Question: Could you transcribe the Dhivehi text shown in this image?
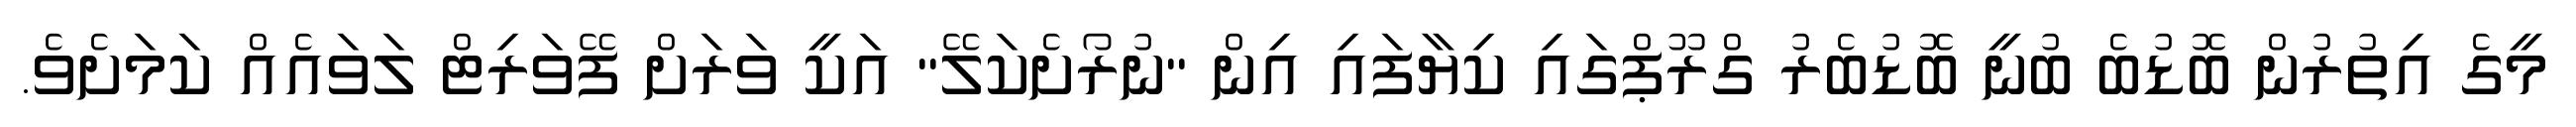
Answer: މީގެ އިތުރުން ބޮޑުބެ ބުނީ ބޮޑުބެރު ގްރޫޕްގައި ކިޔާފައި އިން "ނުރޯށެކަލޭ" އަކީ ވަރަށް ފޭވަރިޓް ލަވައެއް ކަމަށެވެ.